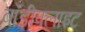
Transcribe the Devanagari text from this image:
बॉडीफ्लाइट